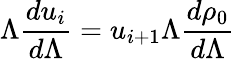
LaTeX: \Lambda\frac{du_{i}}{d\Lambda}=u_{i+1}\Lambda\frac{d\rho_{0}}{d\Lambda}